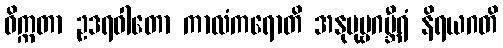
ဓိက္ကတာ ဥဒရဝါတော ကာလံကရောတိ အနုပုဗ္ဗဂမ္ဘီရံ နိရယဂတိ